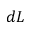
d L